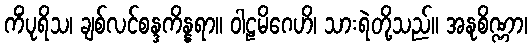
ကိံပုရိသ၊ ချစ်လင်စန္ဒကိန္နရာ။ ဝါဠမိဂေဟိ၊ သားရဲတို့သည်။ အနုစိဏ္ဏာ၊